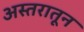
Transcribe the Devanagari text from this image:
अस्तरातून